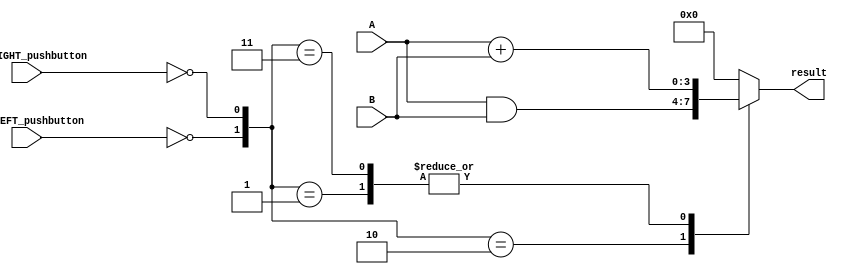
module lab1_top (
  input not_LEFT_pushbutton,
  input not_RIGHT_pushbutton,
  input [3:0] A,
  input [3:0] B,
  output reg [3:0] result );

  wire [3:0] ANDed_result;
  wire [3:0] ADDed_result;
  wire LEFT_pushbutton;
  wire RIGHT_pushbutton;

  assign ANDed_result = A & B;
  assign ADDed_result = A + B;

  assign LEFT_pushbutton = ~ not_LEFT_pushbutton;
  assign RIGHT_pushbutton = ~ not_RIGHT_pushbutton;

  always @* begin
    case( {LEFT_pushbutton, RIGHT_pushbutton} )
      2'b01: result = ADDed_result;
      2'b10: result = ANDed_result;
      2'b11: result = ADDed_result; // Right push button takes precedence
      default: result = 4'b0;
    endcase
  end
endmodule